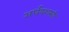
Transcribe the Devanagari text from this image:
अर्धयशस्वी